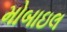
મોબાઇલ